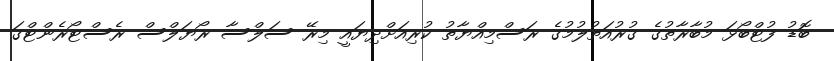
ބޮޑު ފުޓްބޯޅަ މުބާރާތުގެ ގުރުއަތުލުމުގެ ރަސްމިއްޔާތު ކުރިއަށްދިޔައީ މިރޭ ސަލްސާ ރޯޔަލްސް ރެސްޓޯރެންޓްގަ